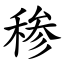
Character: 䅟